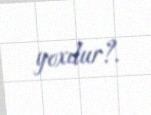
yoxdur?.